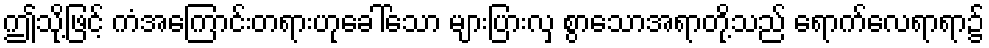
ဤသို့ဖြင့် ကံအကြောင်းတရားဟုခေါ်သော များပြားလှ စွာသောအရာတို့သည် ရောက်လေရာရာ၌